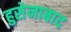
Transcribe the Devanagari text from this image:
हुसेनाबाद